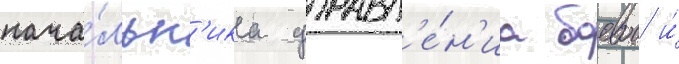
нача́льн'ика управл'е́н'иа боевои и́